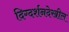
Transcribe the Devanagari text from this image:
दिग्दर्शनदेखील